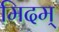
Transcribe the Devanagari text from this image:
मिदम्